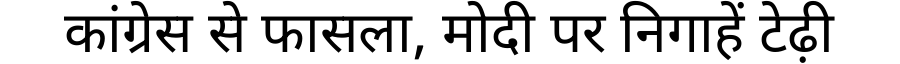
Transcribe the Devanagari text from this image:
कांग्रेस से फासला, मोदी पर निगाहें टेढ़ी